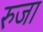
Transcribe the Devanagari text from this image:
रुजा